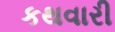
કથવારી